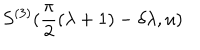
LaTeX: S ^ { ( 3 ) } ( \frac { \pi } { 2 } ( \lambda + 1 ) - \delta \lambda , u )